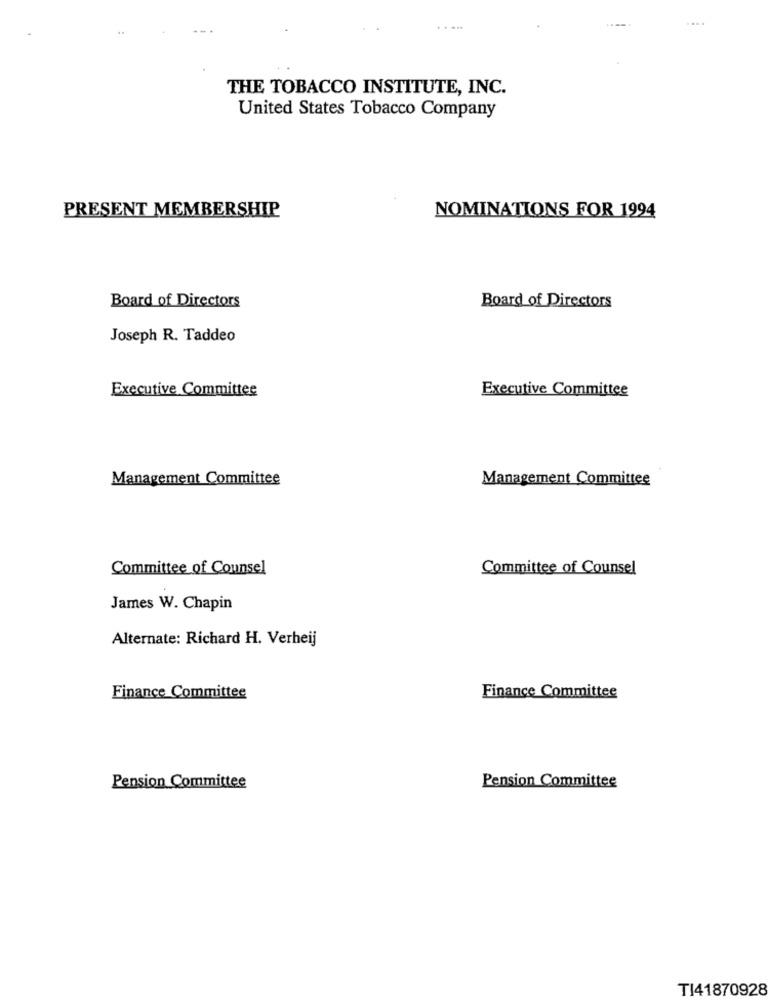
----.
THE TOBACCO INSTITUTE, INC.
United States Tobacco Company
PRESENT MEMBERSHIP
NOMINATIONS FOR 1994
Board of Directors
Board of Directors
Joseph R. Taddeo
Executive Committee
Executive Committee
Management Committee
Management Committee
Committee of Counsel
Committee of Counsel
James W. Chapin
Alternate: Richard H. Verheij
Finance Committee
Finance Committee
Pension Committee
Pension Committee
TI41870928